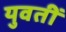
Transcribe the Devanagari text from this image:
युवतीं